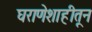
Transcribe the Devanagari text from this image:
घराणेशाहीतून